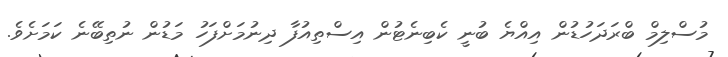
މުސްލިމް ބްރަދަހުޑުން އިއްޔެ ބުނީ ކެބިނެޓުން އިސްތިއުފާ ދިނުމަށްފަހު މަޑުން ނުތިބޭނެ ކަމަށެވެ.